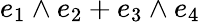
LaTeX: e_{1}\wedge e_{2}+e_{3}\wedge e_{4}